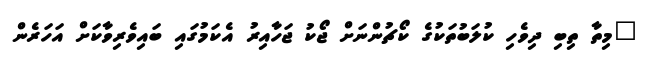
"މިތާ ތިބި ދިވެހި ކުލަބުތަކުގެ ކޯޗުންނަށް ޖޯކު ޖަހާއިރު އެކަމުގައި ބައިވެރިވާކަށް އަހަރެން